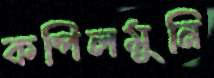
কপিলমুনি